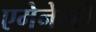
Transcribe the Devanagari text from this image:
एमेनेस्टी